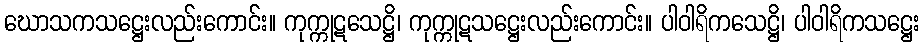
ဃောသကသဋ္ဌေးလည်းကောင်း။ ကုက္ကုဋသေဋ္ဌိ၊ ကုက္ကုဋသဋ္ဌေးလည်းကောင်း။ ပါဝါရိကသေဋ္ဌိ၊ ပါဝါရိကသဋ္ဌေး